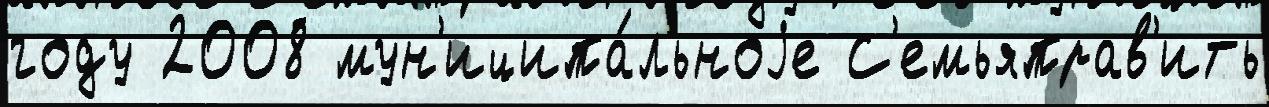
году 2008 мун'иципа́льноjе С'емьяправ'ить